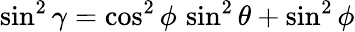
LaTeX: \sin^{2}\gamma=\cos^{2}\phi\, \sin^{2}\theta+\sin^{2}\phi